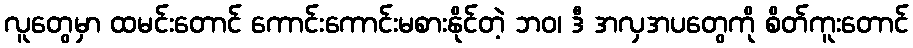
လူတွေမှာ ထမင်းတောင် ကောင်းကောင်းမစားနိုင်တဲ့ ဘဝ၊ ဒီ အလှအပတွေကို စိတ်ကူးတောင်